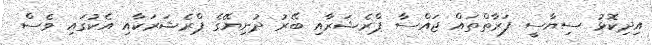
އިދިކޮޅު ސިޔާސީ ފަރާތްތައް ޖައްސާ ޕްރެޝަރާއި ބޭރު ދުނިޔޭގެ ޕްރެޝަރަކާއި އެކުގައި ވެސް